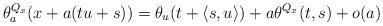
LaTeX: \begin{align*}\theta^{Q_x}_a(x+a(tu+s)) = \theta_u (t+\langle s,u\rangle ) + a\theta^{Q_x} (t,s) +o(a)\end{align*}